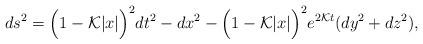
LaTeX: \begin{align*}ds^{2} = \Big(1 - {\cal K} |x|\Big)^2dt^{2} - dx^{2} - \Big(1 - {\cal K} |x|\Big)^2 e^{2{\cal K} t} (dy^{2} + dz^{2}),\end{align*}